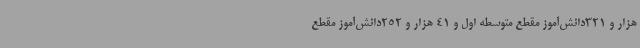
هزار و 321دانش‌آموز مقطع متوسطه اول و 41 هزار و 252دانش‌آموز مقطع